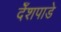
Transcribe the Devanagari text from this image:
देँशपाडे